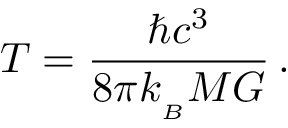
T = \frac { \hbar c ^ { 3 } } { 8 \pi k _ { _ B } M G } \, .